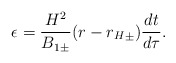
\begin{align*}\epsilon=\frac{H^2}{{B_1}_\pm}(r-{r_H}_\pm)\frac{dt}{d\tau}.\end{align*}